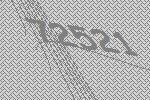
72521